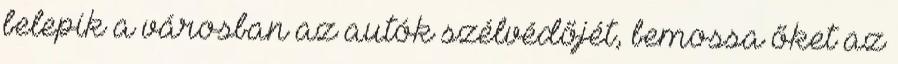
belepik a városban az autók szélvédőjét, bemossa őket az